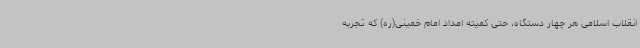
انقلاب اسلامی هر چهار دستگاه، حتی کمیته امداد امام خمینی(ره) که تجربه